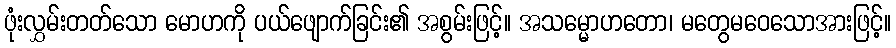
ဖုံးလွှမ်းတတ်သော မောဟကို ပယ်ဖျောက်ခြင်း၏ အစွမ်းဖြင့်။ အသမ္မောဟတော၊ မတွေမဝေသောအားဖြင့်။